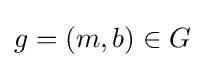
g=(m,b)\in G